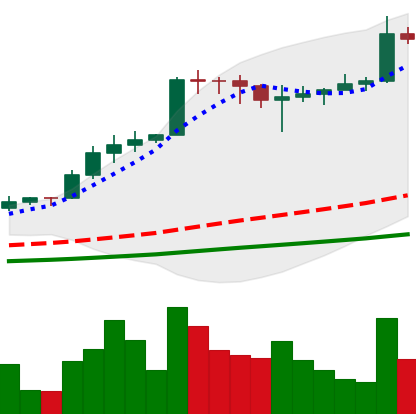
Ticker: ADA-USD
Chart end date: 2021-02-21
Forward return: 12.774%
Label: up_7plus